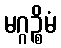
မဂ္ဂဉ္စိမံ